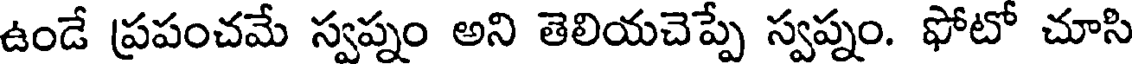
ఉండే ప్రపంచమే స్వప్నం అని తెలియచెప్పే స్వప్నం. ఫోటో చూసి